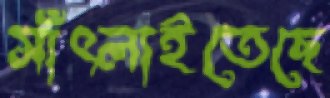
সাঁৎলাইতেছে